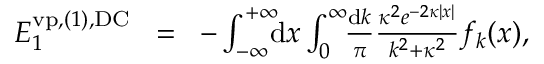
\begin{array} { r l r } { { \cal E } _ { 1 } ^ { \ensuremath { \mathrm { v p } } , ( 1 ) , \mathrm { D C } } \! } & { = } & { \! - \int _ { - \infty } ^ { + \infty } \! \! \! \mathrm { d } x \int _ { 0 } ^ { \infty } \! \! \frac { \mathrm d k } { \pi } \frac { \kappa ^ { 2 } e ^ { - 2 \kappa | x | } } { k ^ { 2 } + \kappa ^ { 2 } } f _ { k } ( x ) , } \end{array}